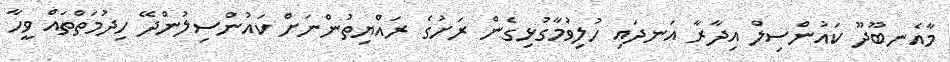
މާއެނބޫދޫ ކައުންސިލް އިދާރާ އަނދައި ހުލިވުމާގުޅިގެން ރަށުގެ ރައްޔިތުންނަށް ކައުންސިލުންދޭ ހިދުމަތްތައް ވީހާ